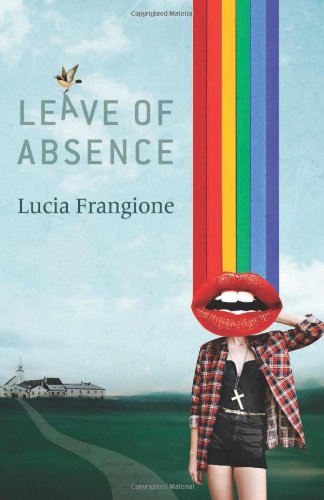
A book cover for Leave of Absence; Lucia Frangione; Literature & Fiction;